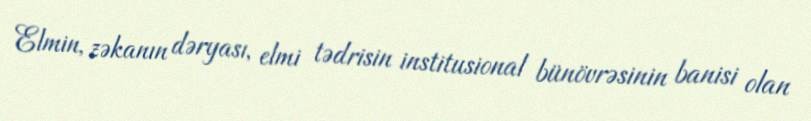
Elmin, zəkanın dəryası, elmi tədrisin institusional bünövrəsinin banisi olan